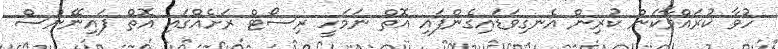
ހުވާ ކުރައްވާކަން ކުރިން އެނގިވަޑައިގެންފައި އޮތް ނަަމަހީ ރިސޯޓް ރަށެއްގައި އޮތް ފައިނޭންސް